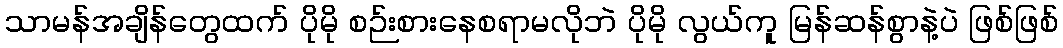
သာမန်အချိန်တွေထက် ပိုမို စဉ်းစားနေစရာမလိုဘဲ ပိုမို လွယ်ကူ မြန်ဆန်စွာနဲ့ပဲ ဖြစ်ဖြစ်